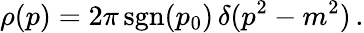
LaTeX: \rho(p)=2\pi\, \mathrm{sgn}(p_{0})\, \delta(p^{2}-m^{2})\, .